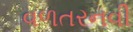
વળતરનવી